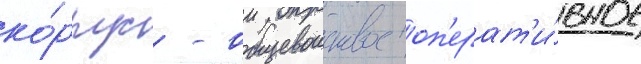
ко́рпус - общевоисковое оп'ерат'и́вное